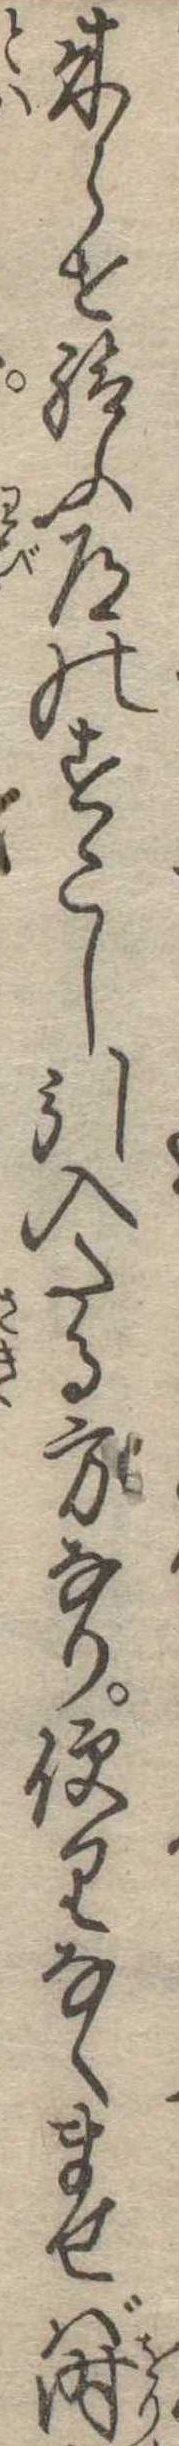
来らせ給ふ道のすこし引入たる方なり便りなくませば時